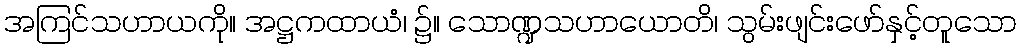
အကြင်သဟာယကို။ အဋ္ဌကထာယံ၊ ၌။ သောဏ္ဍသဟာယောတိ၊ သွမ်းဖျင်းဖော်နှင့်တူသော